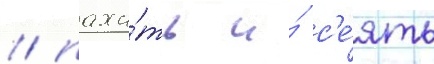
/ паха́ть и́ с'е́ять